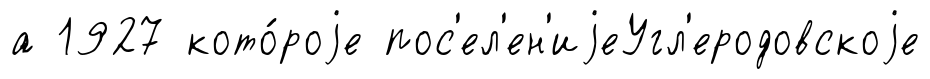
а 1927 кото́роjе пос'ел'ен'иjеУгл'еродовскоjе